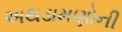
અથડામણોની